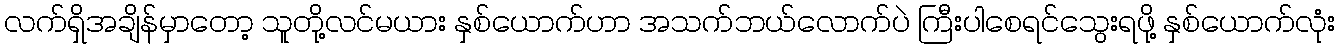
လက်ရှိအချိန်မှာတော့ သူတို့လင်မယား နှစ်ယောက်ဟာ အသက်ဘယ်လောက်ပဲ ကြီးပါစေရင်သွေးရဖို့ နှစ်ယောက်လုံး